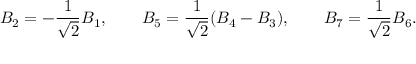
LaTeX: B _ { 2 } = - \frac { 1 } { \sqrt { 2 } } B _ { 1 } , \ \ \ \ \ \ B _ { 5 } = \frac { 1 } { \sqrt { 2 } } ( B _ { 4 } - B _ { 3 } ) , \ \ \ \ \ \ B _ { 7 } = \frac { 1 } { \sqrt { 2 } } B _ { 6 } .